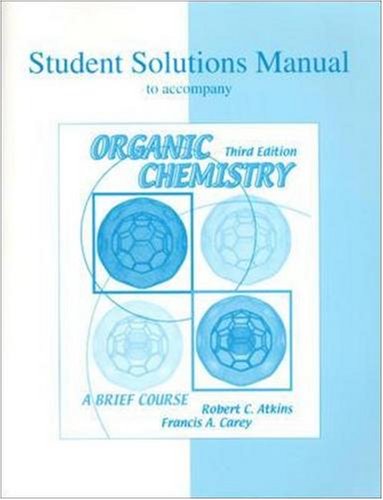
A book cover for Student Solutions Manual to accompany Organic Chemistry; Robert C. Atkins; Health, Fitness & Dieting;